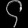
Digit: ၄